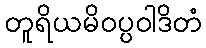
တူရိယမိဝပ္ပဝါဒိတံ